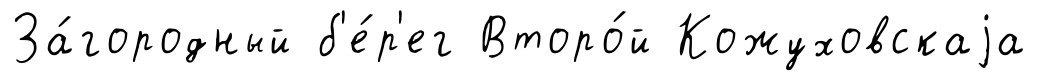
За́городный б'е́р'ег Второ́й Кожуховскаjа